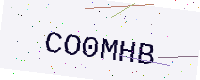
Text: CO0MHB